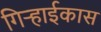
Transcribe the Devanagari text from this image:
गिऱ्हाईकास